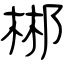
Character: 郴